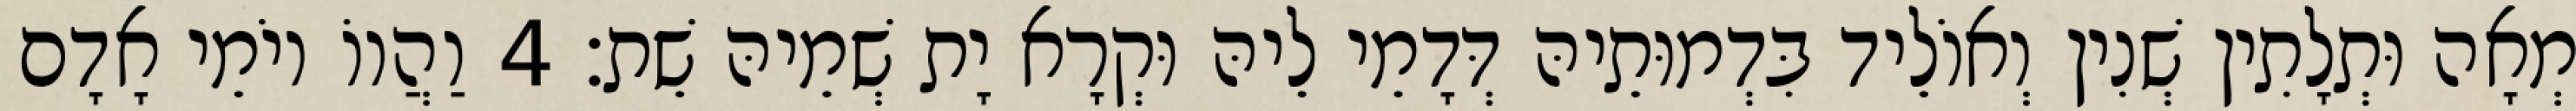
מְאָה וּתְלָתִין שְׁנִין וְאוֹלֵיד בִּדְמוּתֵיהּ דְּדָמֵי לֵיהּ וּקְרָא יָת שְׁמֵיהּ שֵׁת׃ 4 וַהֲווֹ יוֹמֵי אָדָם